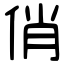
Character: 俏